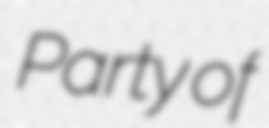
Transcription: Party of